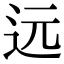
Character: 远